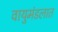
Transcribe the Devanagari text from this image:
वायुमंडलात